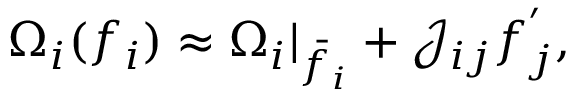
\Omega _ { i } ( f _ { i } ) \approx \Omega _ { i } \rvert _ { \bar { f } _ { i } } + \mathcal { J } _ { i j } f _ { j } ^ { ' } ,